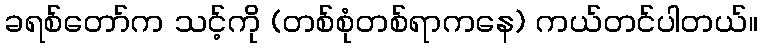
ခရစ်တော်က သင့်ကို (တစ်စုံတစ်ရာကနေ) ကယ်တင်ပါတယ်။